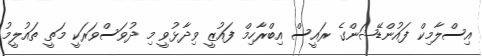
އިސްލާމިކް ފައުންޑޭޝަންގެ ރައީސް އިބްރާހިމް ފައުޒީ ވިދާޅުވީ މި ދުވަސްވަރަކީ މަތީ ތައުލީމު